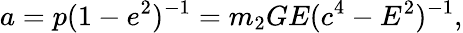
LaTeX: a=p(1-e^{2})^{-1}=m_{2}GE(c^{4}-E^{2})^{-1},